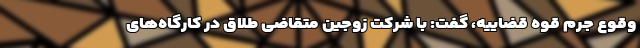
وقوع جرم قوه قضاییه، گفت: با شرکت زوجین متقاضی طلاق در کارگاه‌های